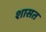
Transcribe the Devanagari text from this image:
शासत